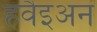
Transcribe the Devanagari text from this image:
हवैइअन